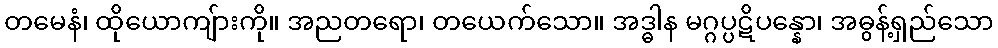
တမေနံ၊ ထိုယောကျ်ားကို။ အညတရော၊ တယေက်သော။ အဒ္ဓါန မဂ္ဂပ္ပဋိပန္နော၊ အဓွန့်ရှည်သော